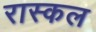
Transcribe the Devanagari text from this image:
रास्कल